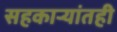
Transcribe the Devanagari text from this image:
सहकाऱ्यांतही